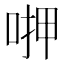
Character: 𠶟